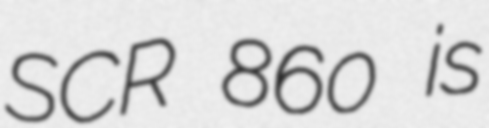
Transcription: SCR 860 is